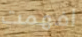
افهمت